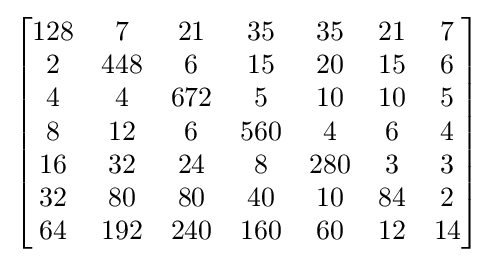
{\begin{bmatrix}{\begin{matrix}128&7&21&35&35&21&7\\2&448&6&15&20&15&6\\4&4&672&5&10&10&5\\8&12&6&560&4&6&4\\16&32&24&8&280&3&3\\32&80&80&40&10&84&2\\64&192&240&160&60&12&14\end{matrix}}\end{bmatrix}}